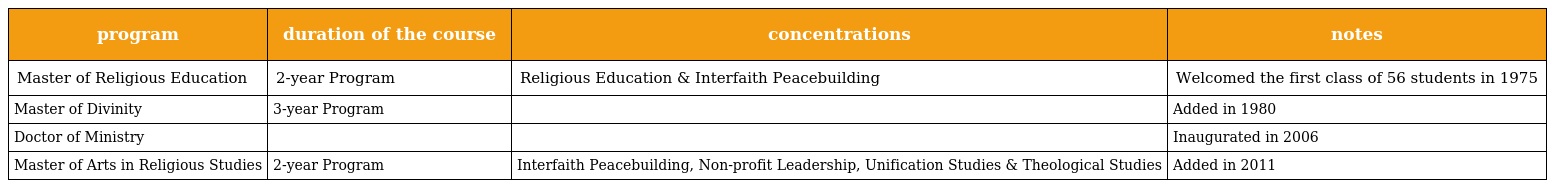
| program | duration of the course | concentrations | notes |
 | --- | --- | --- | --- |
 | Master of Religious Education | 2-year Program | Religious Education & Interfaith Peacebuilding | Welcomed the first class of 56 students in 1975 |
 | Master of Divinity | 3-year Program |  | Added in 1980 |
 | Doctor of Ministry |  |  | Inaugurated in 2006 |
 | Master of Arts in Religious Studies | 2-year Program | Interfaith Peacebuilding, Non-profit Leadership, Unification Studies & Theological Studies | Added in 2011 |